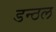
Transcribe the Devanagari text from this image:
डन्ठल